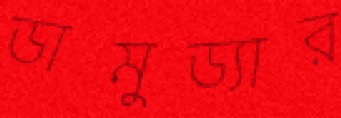
ডামুড্যার